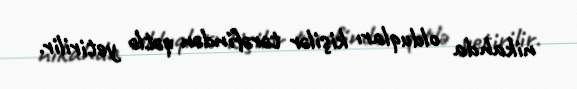
nikahda olduqları kişilər tərəfindən qətlə yetirilir.